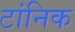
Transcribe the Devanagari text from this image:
टांनिक